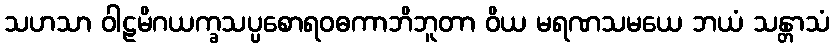
သဟသာ ဝါဠမိဂယက္ခသပ္ပစောရဝဓကာဘိဘူတာ ဝိယ မရဏသမယေ ဘယံ သန္တာသံ